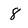
Character: 8